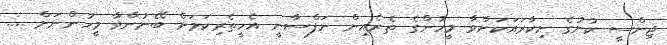
ޖިންސީ ކުށުގެ ށިކާރައަކަށްވާ މީހުންގެ ތެރެއިން ނަފްސާނީ އެހީތެރިކަމަށް ބޭނުންވާ މީހުންނަށް ....